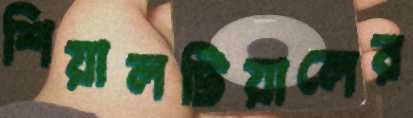
শিয়ালটিয়ালের